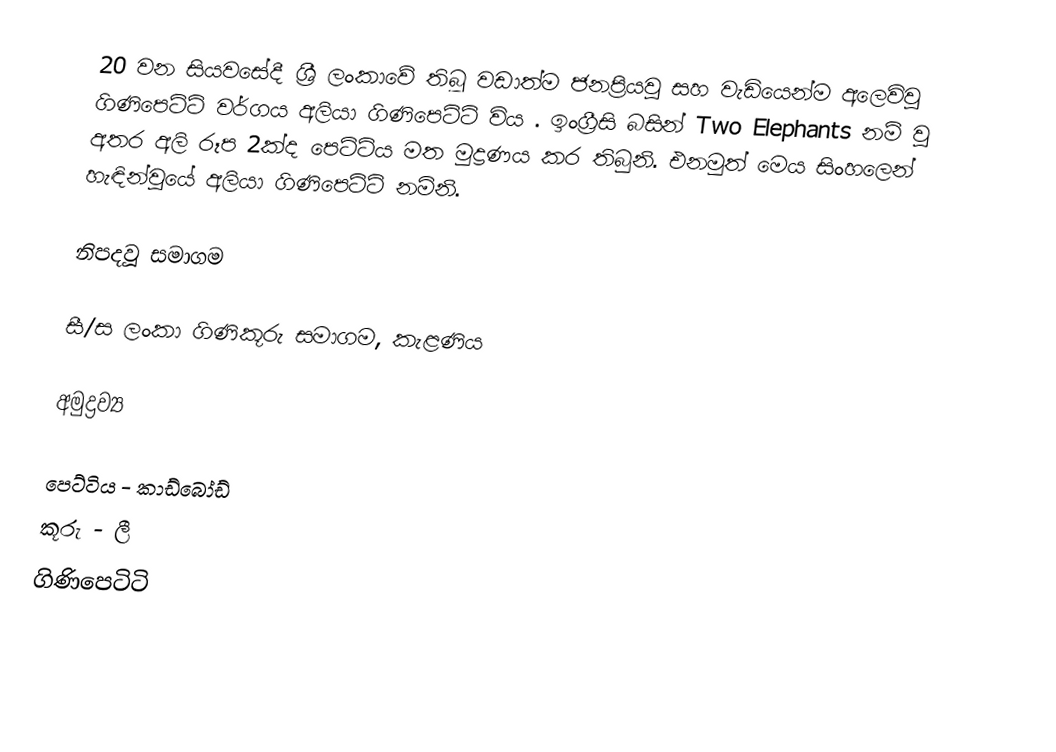
20 වන සියවසේදී ශ්‍රී ලංකාවේ තිබූ වඩාත්ම ජනප්‍රියවූ සහ වැඩියෙන්ම අලෙවිවූ ගිණිපෙටිටි වර්ගය අලියා ගිණිපෙටිටි විය . ඉංග්‍රීසි බසින් Two Elephants නම් වූ අතර අලි රූප 2ක්ද පෙට්ටිය මත මුද්‍රණය කර තිබුනි. එනමුත් මෙය සිංහලෙන් හැඳින්වූයේ  අලියා ගිණිපෙටිටි නමිනි.

නිපදවූ සමාගම

සී/ස ලංකා ගිණිකූරු සමාගම, කැළණිය

අමුද්‍රව්‍ය

 පෙට්ටිය - කාඩ්බෝඩ්
 කූරු - ලී
ගිණිපෙටිටි